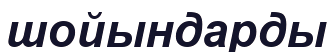
шойындарды